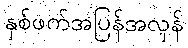
နှစ်ဖက်အပြန်အလှန်